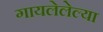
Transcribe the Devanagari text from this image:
गायलेलेल्या